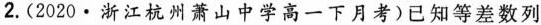
2. (2020·浙江杭州萧山中学高一下月考)已知等差数列